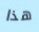
هذا